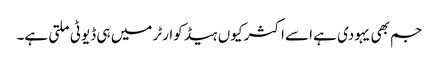
جم بھی یہودی ہے اسے اکثر کیوں ہیڈ کوارٹر میں ہی ڈیوٹی ملتی ہے۔